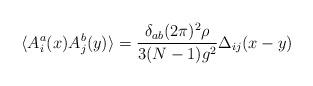
LaTeX: \begin{align*}\langle A^a_i(x)A^b_j(y) \rangle = \frac{\delta_{ab}(2\pi )^2\rho}{3(N-1)g^2}\Delta_{ij}(x-y)\end{align*}